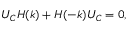
{ U _ { C } H ( k ) + H ( - k ) U _ { C } = 0 , }